Civil Veterinary Dept. Bombay admin report 1914-1922 - 1914-1922
Year: 1914
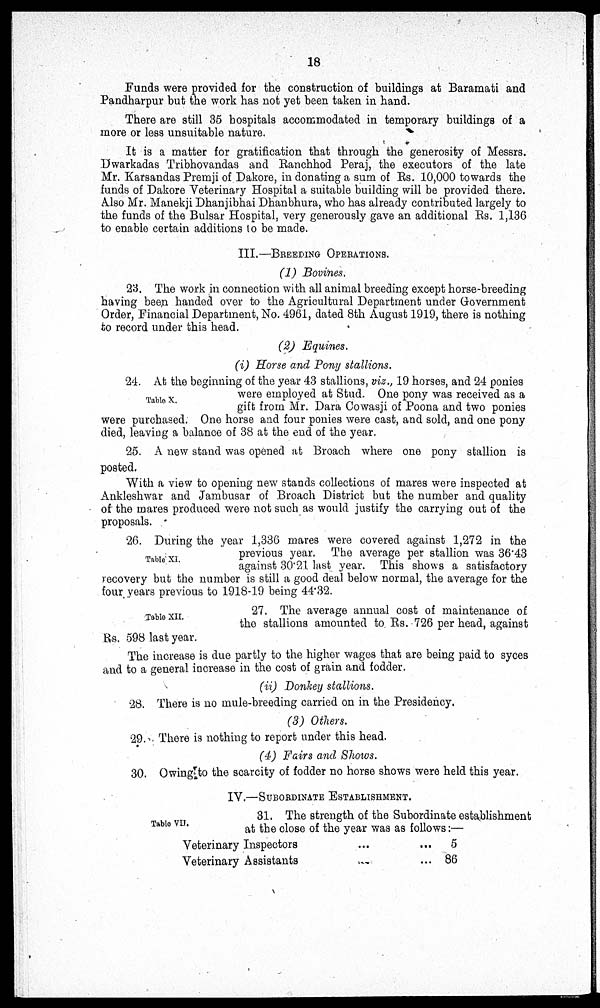
18
Funds were provided for the construction of buildings at Baramati and
Pandharpur but the work has not yet been taken in hand.
There are still 35 hospitals accommodated in temporary buildings of a
more or less unsuitable nature.
It is a matter for gratification that through the generosity of Messrs.
Dwarkadas Tribhovandas and Ranchhod Peraj, the executors of the late
Mr. Karsandas Premji of Dakore, in donating a sum of Rs. 10,000 towards the
funds of Dakore Veterinary Hospital a suitable building will be provided there.
Also Mr. Manekji Dhanjibhai Dhanbhura, who has already contributed largely to
the funds of the Bulsar Hospital, very generously gave an additional Rs. 1,136
to enable certain additions to be made.
III.—BREEDING OPERATIONS.
(1) Bovines.
23. The work in connection with all animal breeding except horse-breeding
having been handed over to the Agricultural Department under Government
Order, Financial Department, No. 4961, dated 8th August 1919, there is nothing
to record under this head.
(2) Equines.
(i) Horse and Pony stallions.
Table X.
24. At the beginning of the year 43 stallions, viz., 19 horses, and 24 ponies
were employed at Stud. One pony was received as a
gifts from Mr. Dara Cowasji of Poona and two ponies
were purchased. One horse and four ponies were cast, and sold, and one pony
died, leaving a balance of 38 at the end of the year.
25. A new stand was opened at Broach where one pony stallion is
posted.
With a view to opening new stands collections of mares were inspected at
Ankleshwar and Jambusar of Broach District but the number and quality
of the mares produced were not such as would justify the carrying out of the
proposals.
Table XI.
26. During the year 1,336 mares were covered against 1,272 in the
previous year. The average per stallion was 36.43
against 30.21 last year. This shows a satisfactory
recovery but the number is still a good deal below normal, the average for the
four years previous to 1918-19 being 44.32.
Table XII.
27. The average annual cost of maintenance of
the stallions amounted to Rs. 726 per head, against
Rs. 598 last year.
The increase is due partly to the higher wages that are being paid to syces
and to a general increase in the cost of grain and fodder.
(ii) Donkey stallions.
28. There is no mule-breeding carried on in the Presidency.
(3) Others.
29. There is nothing to report under this head.
(4) Fairs and Shows.
30. Owing to the scarcity of fodder no horse shows were held this year.
IV.—SUBORDINATE
ESTABLISHMENT.
Table VII.
31. The strength of the Subordinate establishment
at the close of the year was as follows:—
Veterinary Inspectors ... ...
Veterinary Assistants ... ...
5
86